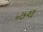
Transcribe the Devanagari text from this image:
०७२९